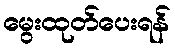
မွေးထုတ်ပေးရန်